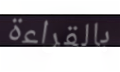
بالقراءة